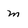
Character: m